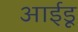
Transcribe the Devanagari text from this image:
आईडू